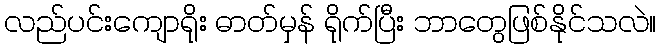
လည်ပင်းကျောရိုး ဓာတ်မှန် ရိုက်ပြီး ဘာတွေဖြစ်နိုင်သလဲ။